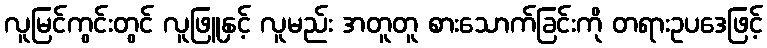
လူမြင်ကွင်းတွင် လူဖြူနှင့် လူမည်း အတူတူ စားသောက်ခြင်းကို တရားဥပဒေဖြင့်